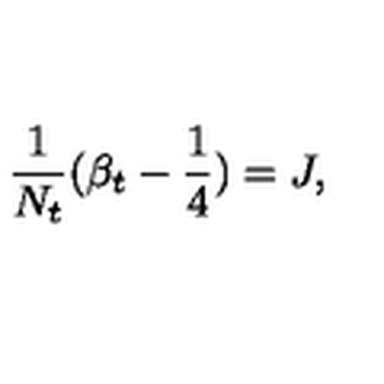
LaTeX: { \frac { 1 } { N _ { t } } } ( \beta _ { t } - { \frac { 1 } { 4 } } ) = J ,